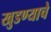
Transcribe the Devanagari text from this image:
खुडण्याचे